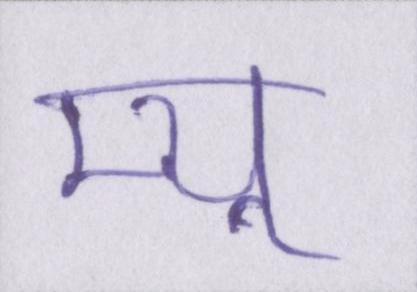
म्यू